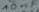
Text: C21